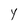
Character: Y